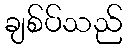
ချစ်ပ်သည်